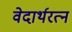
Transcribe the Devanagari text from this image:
वेदार्थरत्न